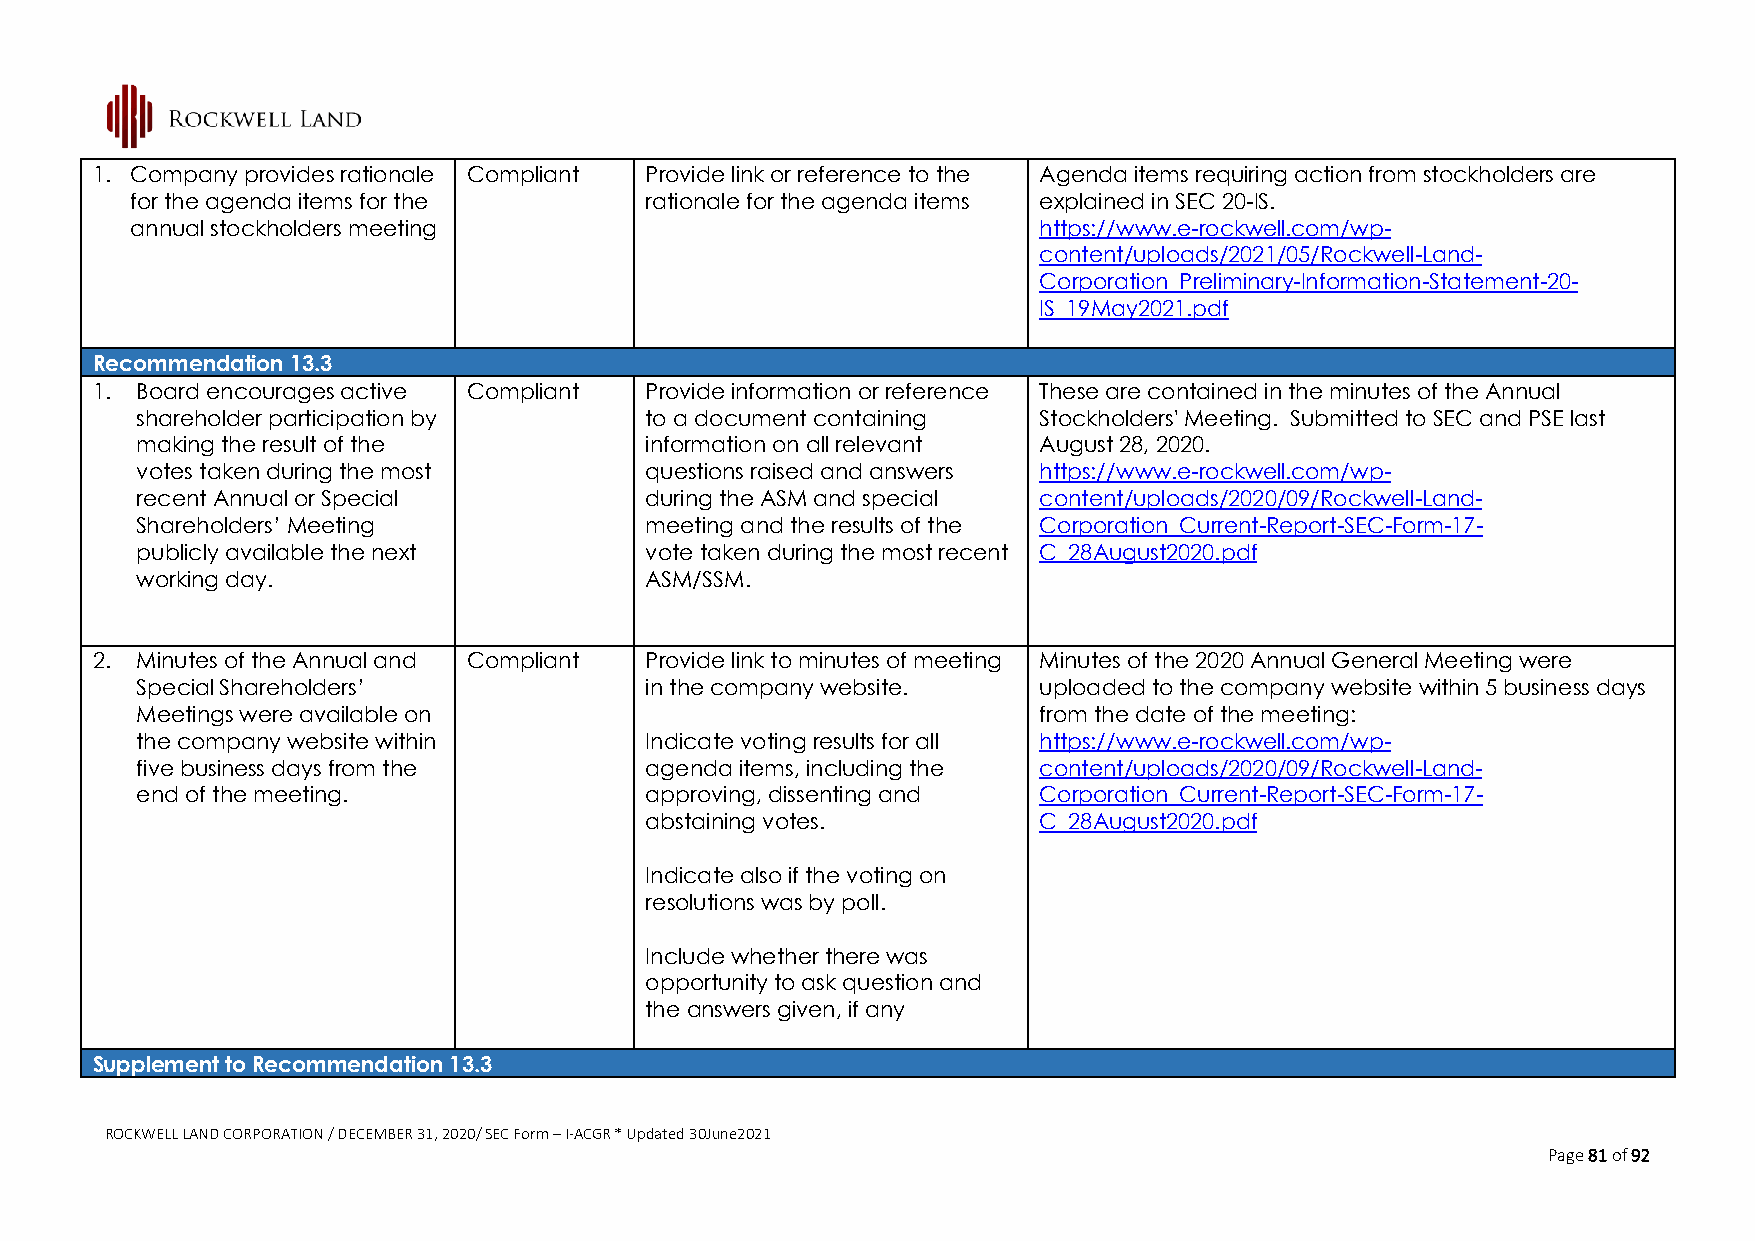
1. Company provides rationale Compliant Provide link or reference to the Agenda items requiring action from stockholders are
 for the agenda items for the      rationale for the agenda items explained in SEC 20-IS.
 annual stockholders meeting                                 https://www.e-rockwell.com/wp-
 content/uploads/2021/05/Rockwell-Land-
 Corporation_Preliminary-Information-Statement-20-
 IS_19May2021.pdf
 Recommendation 13.3
 1. Board encourages active Compliant Provide information or reference These are contained in the minutes of the Annual
 shareholder participation by      to a document containing  Stockholders' Meeting. Submitted to SEC and PSE last
 making the result of the          information on all relevant August 28, 2020.
 votes taken during the most       questions raised and answers https://www.e-rockwell.com/wp-
 recent Annual or Special          during the ASM and special content/uploads/2020/09/Rockwell-Land-
 Shareholders’ Meeting             meeting and the results of the Corporation_Current-Report-SEC-Form-17-
 publicly available the next       vote taken during the most recent C_28August2020.pdf
 working day.                      ASM/SSM.
 2. Minutes of the Annual and Compliant Provide link to minutes of meeting Minutes of the 2020 Annual General Meeting were
 Special Shareholders’             in the company website.   uploaded to the company website within 5 business days
 Meetings were available on                                  from the date of the meeting:
 the company website within        Indicate voting results for all https://www.e-rockwell.com/wp-
 five business days from the       agenda items, including the content/uploads/2020/09/Rockwell-Land-
 end of the meeting.               approving, dissenting and Corporation_Current-Report-SEC-Form-17-
 abstaining votes.         C_28August2020.pdf
 Indicate also if the voting on
 resolutions was by poll.
 Include whether there was
 opportunity to ask question and
 the answers given, if any
 Supplement to Recommendation 13.3
 ROCKWELL LAND CORPORATION / DECEMBER 31, 2020/ SEC Form – I-ACGR * Updated 30June2021
 Page 81 of 92